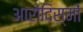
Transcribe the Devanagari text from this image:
आरोंदिस्मों